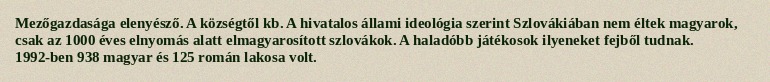
Mezőgazdasága elenyésző. A községtől kb. A hivatalos állami ideológia szerint Szlovákiában nem éltek magyarok, csak az 1000 éves elnyomás alatt elmagyarosított szlovákok. A haladóbb játékosok ilyeneket fejből tudnak. 1992-ben 938 magyar és 125 román lakosa volt.